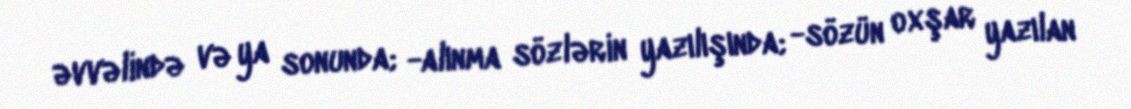
əvvəlində və ya sonunda; -alınma sözlərin yazılışında; -sözün oxşar yazılan